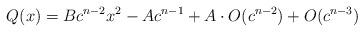
LaTeX: \begin{align*}Q(x) = Bc^{n-2}x^2 - Ac^{n-1} + A\cdot O(c^{n-2}) +O(c^{n-3})\end{align*}